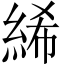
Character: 絺